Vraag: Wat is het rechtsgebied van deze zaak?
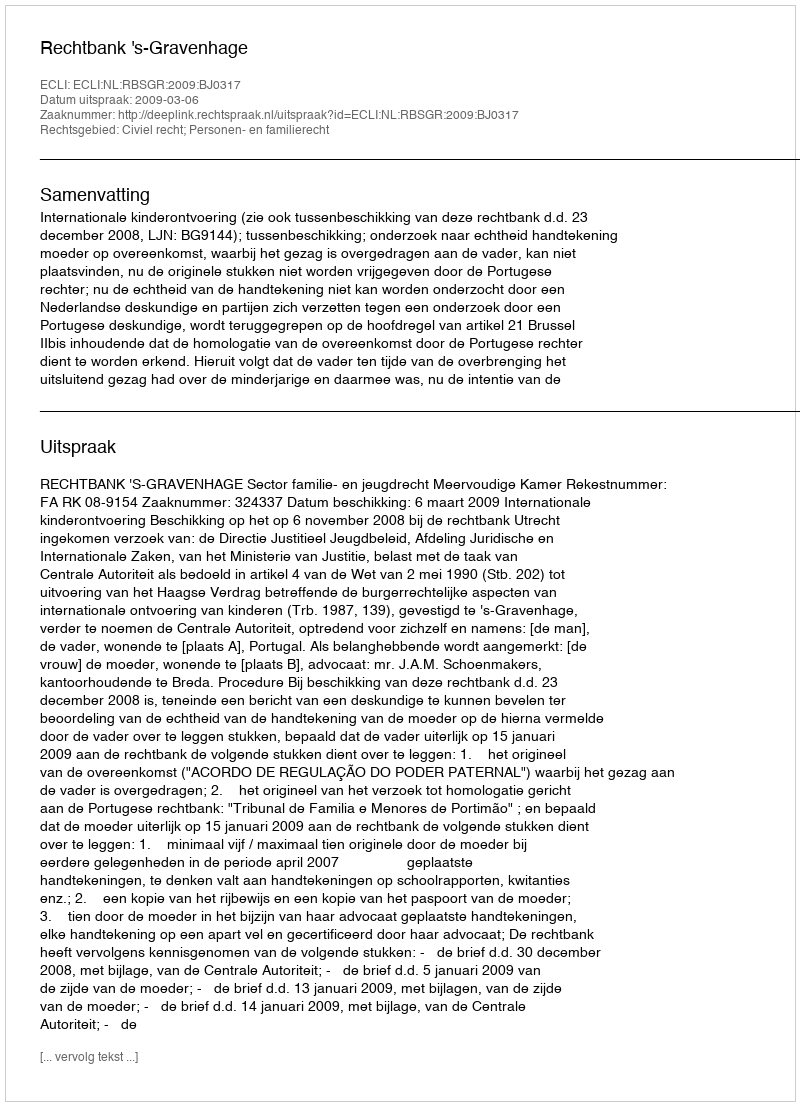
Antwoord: Civiel recht; Personen- en familierecht